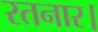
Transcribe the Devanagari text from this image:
रतनार।